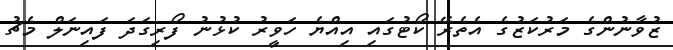
ޒުވާނުންގެ މަރުކަޒުގެ އެތެރޭ ކޯޓުގައި އިއްޔެ ހަވީރު ކުޅުނު ފޯރިގަދަ ފައިނަލް މެޗު